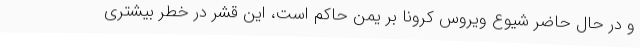
و در حال حاضر شیوع ویروس کرونا بر یمن حاکم است، این قشر در خطر بیشتری